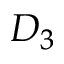
D _ { 3 }